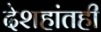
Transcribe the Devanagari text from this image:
देशहांतही